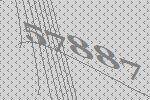
57887